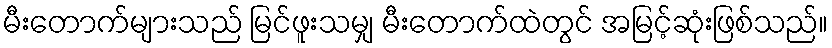
မီးတောက်များသည် မြင်ဖူးသမျှ မီးတောက်ထဲတွင် အမြင့်ဆုံးဖြစ်သည်။